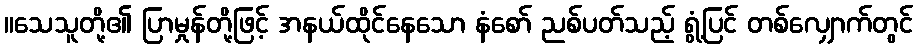
။သေသူတို့၏ ပြာမှုန်တို့ဖြင့် အနယ်ထိုင်နေသော နံစော် ညစ်ပတ်သည့် ရွံ့ပြင် တစ်လျှောက်တွင်